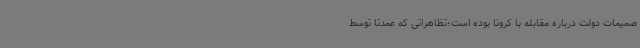
صمیمات دولت درباره مقابله با کرونا بوده است؛تظاهراتی که عمدتا توسط